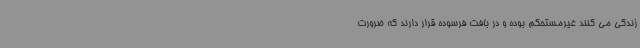
زندگی می کنند غیرمستحکم بوده و در بافت فرسوده قرار دارند که ضرورت